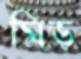
মিড়